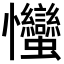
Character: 𢦈